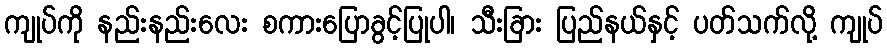
ကျုပ်ကို နည်းနည်းလေး စကားပြောခွင့်ပြုပါ၊ သီးခြား ပြည်နယ်နှင့် ပတ်သက်လို့ ကျုပ်